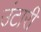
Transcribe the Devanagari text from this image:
उंटारी